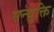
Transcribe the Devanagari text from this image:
सन्युक्ति